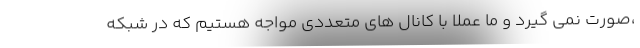
،‌صورت نمی گیرد و ما عملا با کانال های متعددی مواجه هستیم که در شبکه